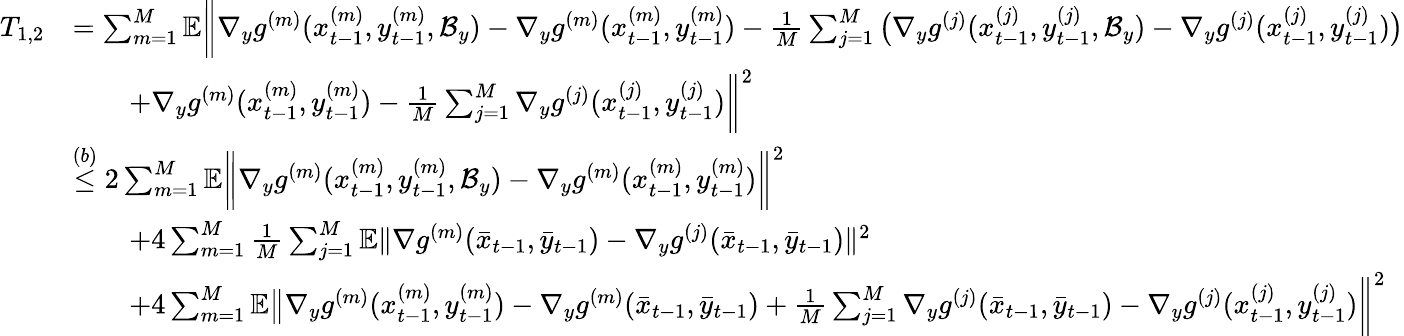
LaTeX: \begin{array}{rl}{T_{1,2}}&{=\sum_{m=1}^{M}\mathbb{E}\bigg\| \nabla_{y}g^{(m)}(x_{t-1}^{(m)},y_{t-1}^{(m)},\mathcal{B}_{y})-\nabla_{y}g^{(m)}(x_{t-1}^{(m)},y_{t-1}^{(m)})-\frac{1}{M}\sum_{j=1}^{M}\big(\nabla_{y}g^{(j)}(x_{t-1}^{(j)},y_{t-1}^{(j)},\mathcal{B}_{y})-\nabla_{y}g^{(j)}(x_{t-1}^{(j)},y_{t-1}^{(j)})\big)}\\ &{\qquad+\nabla_{y}g^{(m)}(x_{t-1}^{(m)},y_{t-1}^{(m)})-\frac{1}{M}\sum_{j=1}^{M}\nabla_{y}g^{(j)}(x_{t-1}^{(j)},y_{t-1}^{(j)})\bigg\| ^{2}}\\ &{\overset{(b)}{\leq}2\sum_{m=1}^{M}\mathbb{E}\bigg\| \nabla_{y}g^{(m)}(x_{t-1}^{(m)},y_{t-1}^{(m)},\mathcal{B}_{y})-\nabla_{y}g^{(m)}(x_{t-1}^{(m)},y_{t-1}^{(m)})\bigg\| ^{2}}\\ &{\qquad+4\sum_{m=1}^{M}\frac{1}{M}\sum_{j=1}^{M}\mathbb{E}\| \nabla g^{(m)}(\bar{x}_{t-1},\bar{y}_{t-1})-\nabla_{y}g^{(j)}(\bar{x}_{t-1},\bar{y}_{t-1})\| ^{2}}\\ &{\qquad+4\sum_{m=1}^{M}\mathbb{E}\big\| \nabla_{y}g^{(m)}(x_{t-1}^{(m)},y_{t-1}^{(m)})-\nabla_{y}g^{(m)}(\bar{x}_{t-1},\bar{y}_{t-1})+\frac{1}{M}\sum_{j=1}^{M}\nabla_{y}g^{(j)}(\bar{x}_{t-1},\bar{y}_{t-1})-\nabla_{y}g^{(j)}(x_{t-1}^{(j)},y_{t-1}^{(j)})\bigg\| ^{2}}\end{array}